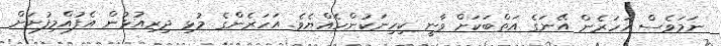
ނަމަވެސް އަހަރެން އޭނަގެ އަތްބަކަށް ވާނީ ކިހިނަކުންހެއްޔެވެ. އަހަރެންގެ މުޅި ދިރިއުޅުން އެފުއްމިފުށަށް